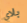
بلاي